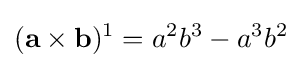
(\mathbf {a\times b} )^{1}=a^{2}b^{3}-a^{3}b^{2}